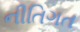
નીતિગત